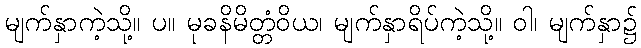
မျက်နှာကဲ့သို့။ ပ။ မုခနိမိတ္တံဝိယ၊ မျက်နှာရိပ်ကဲ့သို့။ ဝါ၊ မျက်နှာ၌